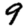
Digit: 9